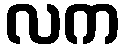
လက